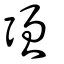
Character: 強